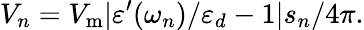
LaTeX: V_{n}=V_{\mathrm{m}}|\varepsilon^{\prime}(\omega_{n})/\varepsilon_{d}-1|s_{n}/4\pi.